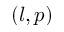
( l , p )